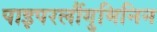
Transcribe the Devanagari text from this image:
पाइपरलौंगुमिनिन